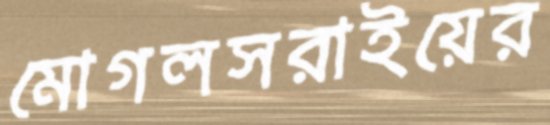
মোগলসরাইয়ের